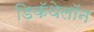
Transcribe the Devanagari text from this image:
डिकॅथेलॉन